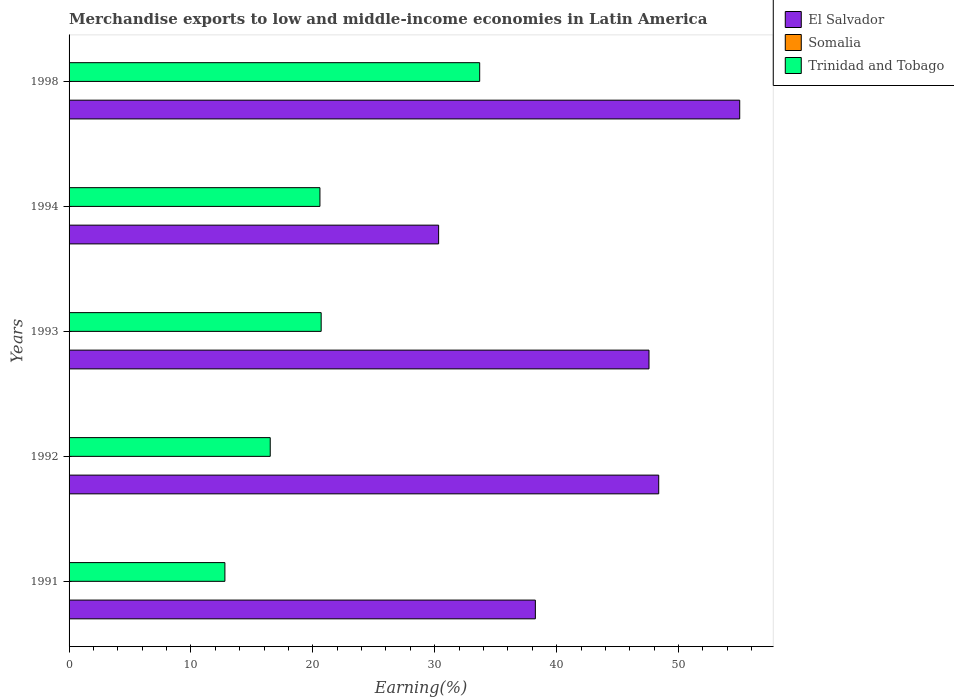
| Years | El Salvador | Somalia | Trinidad and Tobago |
 | --- | --- | --- | --- |
 | 1991 | 38.3 | 0.00137 | 12.8 |
 | 1992 | 48.4 | 0.035 | 16.5 |
 | 1993 | 47.6 | 0.00872 | 20.7 |
 | 1994 | 30.3 | 0.0158 | 20.6 |
 | 1998 | 55 | 0.00212 | 33.7 |